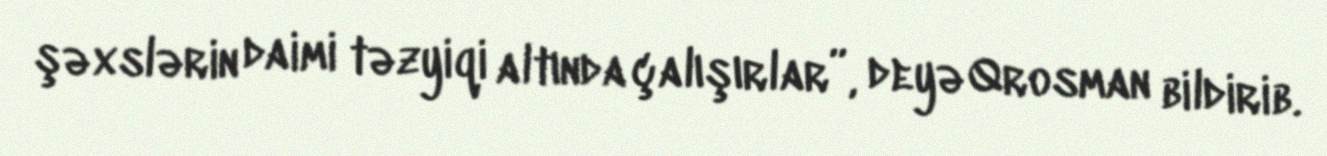
şəxslərin daimi təzyiqi altında çalışırlar”, deyə Qrosman bildirib.